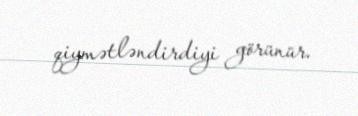
qiymətləndirdiyi görünür.